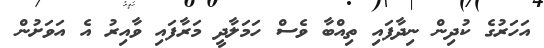
އަހަރުގެ ކުދިން ނިދާފައި ތިއްބާ ވެސް ހަމަލާދީ މަރާފައި ވާއިރު އެ އަވަށުން